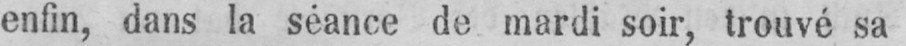
enfin, dans la séance de mardi soir, trouvé sa